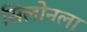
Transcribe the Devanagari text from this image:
सिलोनला